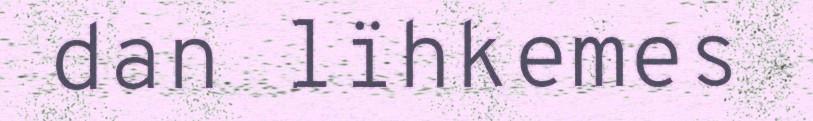
dan lïhkemes